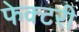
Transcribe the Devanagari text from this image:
फेक्टरी